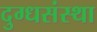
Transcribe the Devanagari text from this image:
दुग्धसंस्था